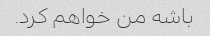
باشه من خواهم کرد.